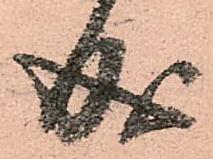
成